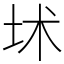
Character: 𡊍